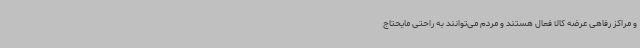
و مراکز رفاهی عرضه کالا فعال هستند و مردم می‌توانند به راحتی مایحتاج